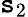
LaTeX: \mathtt{s}_{2}